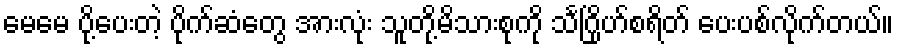
မေမေ ပို့ပေးတဲ့ ပိုက်ဆံတွေ အားလုံး သူတို့မိသားစုကို သင်္ဂြိုဟ်စရိတ် ပေးပစ်လိုက်တယ်။